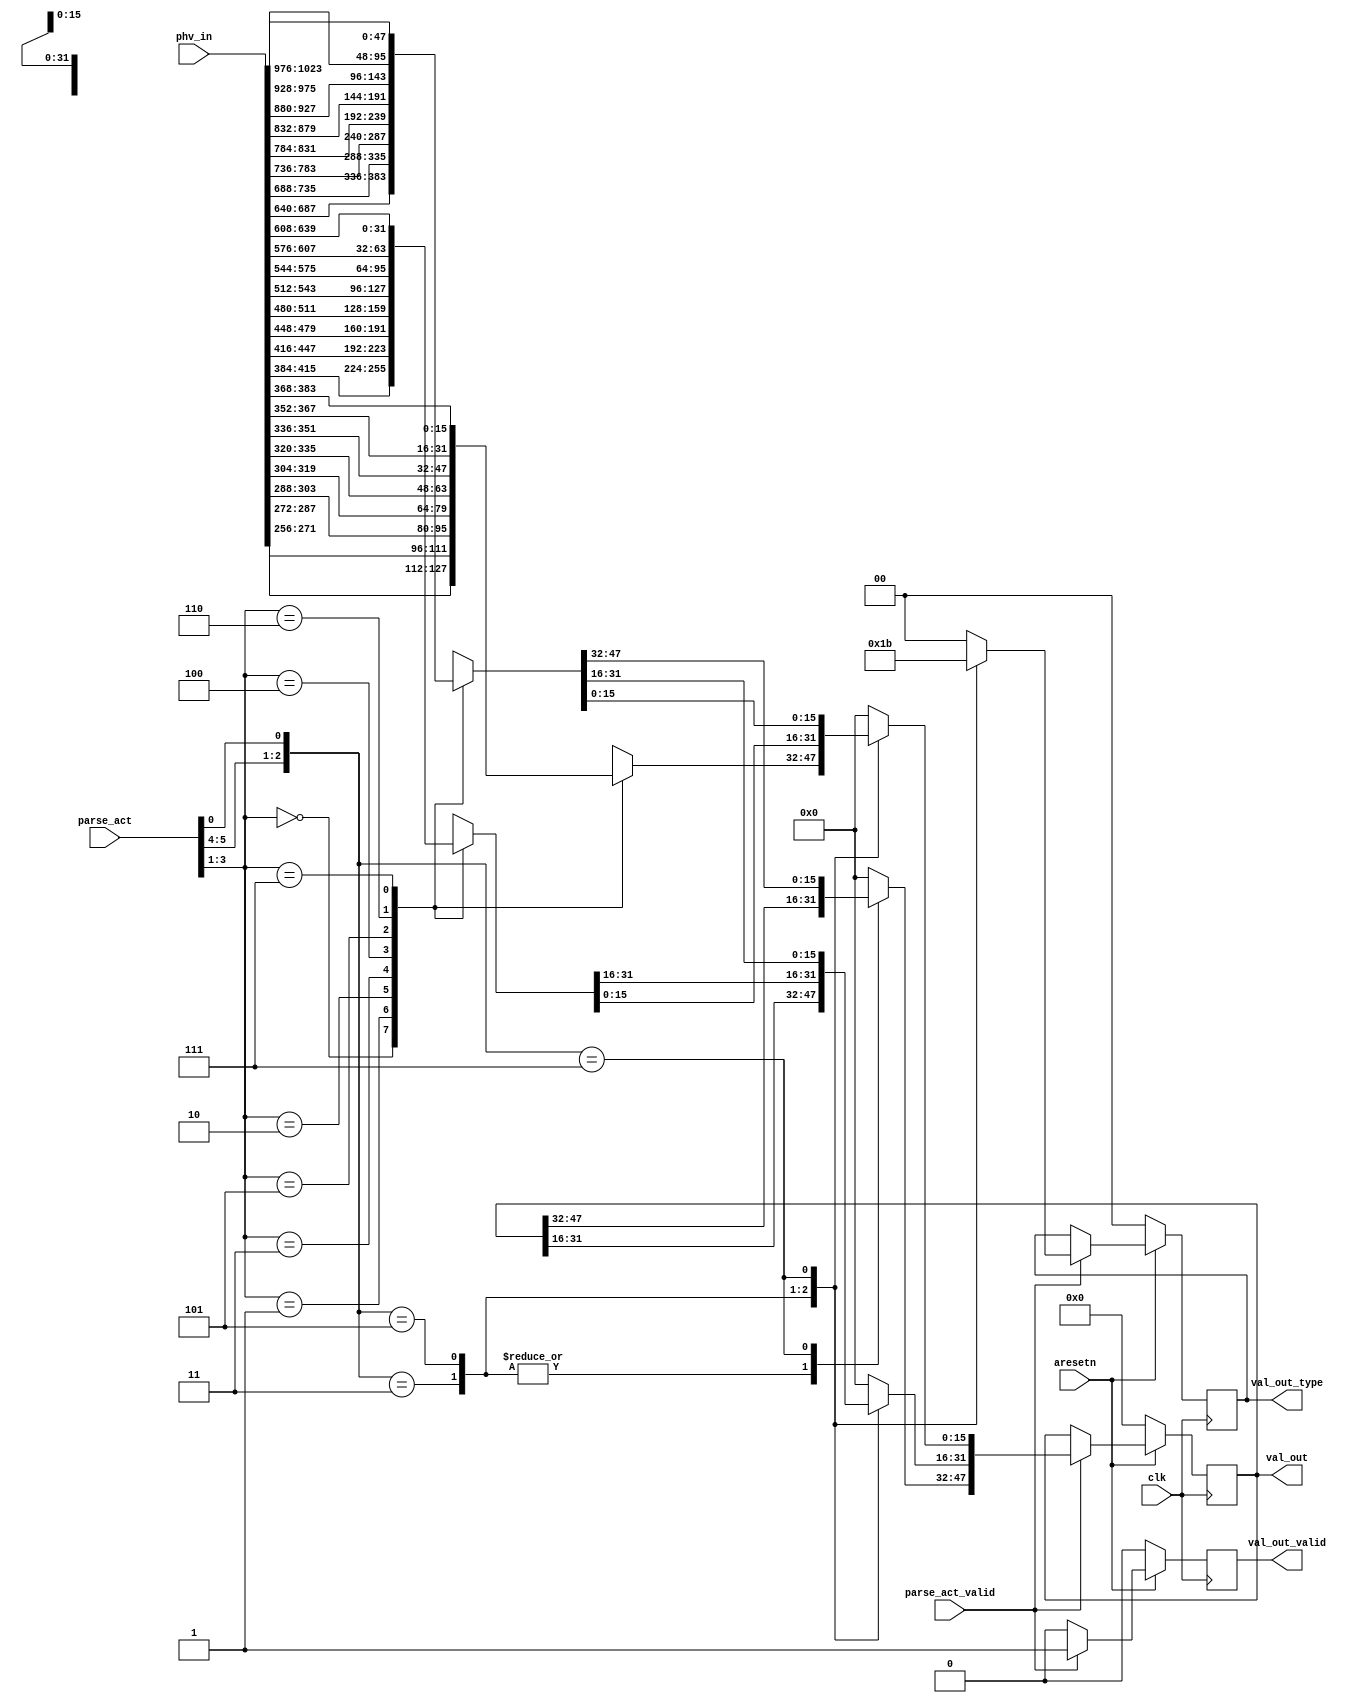
// This program was cloned from: https://github.com/jonas-kaufmann/simbricks-lpn
// License: MIT License

`timescale 1ns / 1ps


module sub_deparser #(
	parameter C_PKT_VEC_WIDTH = (6+4+2)*8*8+256,
	parameter C_PARSE_ACT_LEN = 6						// only 6 bits are used here
)
(
	input										clk,
	input										aresetn,

	input										parse_act_valid,
	input [C_PARSE_ACT_LEN-1:0]					parse_act,
	input [C_PKT_VEC_WIDTH-1:0]					phv_in,

	output reg									val_out_valid,
	output reg [47:0]							val_out,
	output reg [1:0]							val_out_type
);

localparam PHV_2B_START_POS = 0+256;
localparam PHV_4B_START_POS = 16*8+256;
localparam PHV_6B_START_POS = 16*8+32*8+256;


reg			val_out_valid_nxt;
reg [47:0]	val_out_nxt;
reg [1:0]	val_out_type_nxt;


always @(*) begin
	val_out_valid_nxt = 0;
	val_out_nxt = val_out;
	val_out_type_nxt = val_out_type;

	if (parse_act_valid) begin
		val_out_valid_nxt = 1;

		case({parse_act[5:4], parse_act[0]})
			// 2B
			3'b011: begin
				val_out_type_nxt = 2'b01;
				case(parse_act[3:1])
					3'd0: val_out_nxt[15:0] = phv_in[PHV_2B_START_POS+16*0 +: 16];
					3'd1: val_out_nxt[15:0] = phv_in[PHV_2B_START_POS+16*1 +: 16];
					3'd2: val_out_nxt[15:0] = phv_in[PHV_2B_START_POS+16*2 +: 16];
					3'd3: val_out_nxt[15:0] = phv_in[PHV_2B_START_POS+16*3 +: 16];
					3'd4: val_out_nxt[15:0] = phv_in[PHV_2B_START_POS+16*4 +: 16];
					3'd5: val_out_nxt[15:0] = phv_in[PHV_2B_START_POS+16*5 +: 16];
					3'd6: val_out_nxt[15:0] = phv_in[PHV_2B_START_POS+16*6 +: 16];
					3'd7: val_out_nxt[15:0] = phv_in[PHV_2B_START_POS+16*7 +: 16];
				endcase
			end
			// 4B
			3'b101: begin
				val_out_type_nxt = 2'b10;
				case(parse_act[3:1])
					3'd0: val_out_nxt[31:0] = phv_in[PHV_4B_START_POS+32*0 +: 32];
					3'd1: val_out_nxt[31:0] = phv_in[PHV_4B_START_POS+32*1 +: 32];
					3'd2: val_out_nxt[31:0] = phv_in[PHV_4B_START_POS+32*2 +: 32];
					3'd3: val_out_nxt[31:0] = phv_in[PHV_4B_START_POS+32*3 +: 32];
					3'd4: val_out_nxt[31:0] = phv_in[PHV_4B_START_POS+32*4 +: 32];
					3'd5: val_out_nxt[31:0] = phv_in[PHV_4B_START_POS+32*5 +: 32];
					3'd6: val_out_nxt[31:0] = phv_in[PHV_4B_START_POS+32*6 +: 32];
					3'd7: val_out_nxt[31:0] = phv_in[PHV_4B_START_POS+32*7 +: 32];
				endcase
			end
			// 6B
			3'b111: begin
				val_out_type_nxt = 2'b11;
				case(parse_act[3:1])
					3'd0: val_out_nxt[47:0] = phv_in[PHV_6B_START_POS+48*0 +: 48];
					3'd1: val_out_nxt[47:0] = phv_in[PHV_6B_START_POS+48*1 +: 48];
					3'd2: val_out_nxt[47:0] = phv_in[PHV_6B_START_POS+48*2 +: 48];
					3'd3: val_out_nxt[47:0] = phv_in[PHV_6B_START_POS+48*3 +: 48];
					3'd4: val_out_nxt[47:0] = phv_in[PHV_6B_START_POS+48*4 +: 48];
					3'd5: val_out_nxt[47:0] = phv_in[PHV_6B_START_POS+48*5 +: 48];
					3'd6: val_out_nxt[47:0] = phv_in[PHV_6B_START_POS+48*6 +: 48];
					3'd7: val_out_nxt[47:0] = phv_in[PHV_6B_START_POS+48*7 +: 48];
				endcase
			end
			default: begin
				val_out_type_nxt = 0;
				val_out_nxt = 0;
			end
		endcase
	end
end


always @(posedge clk) begin
	if (~aresetn) begin
		val_out_valid <= 0;
		val_out <= 0;
		val_out_type <= 0;
	end
	else begin
		val_out_valid <= val_out_valid_nxt;
		val_out <= val_out_nxt;
		val_out_type <= val_out_type_nxt;
	end
end

endmodule